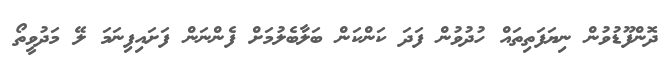
ދޮންފޫޑުވުން ނިޔަފަތިތައް ހުދުވުން ފަދަ ކަންކަން ބަލާބެލުމަށް ފެންނަން ފަށައިފިނަމަ ލޭ މަދުވީތޯ